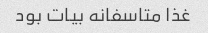
غذا متاسفانه بیات بود